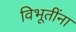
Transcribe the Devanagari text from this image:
विभूतींना